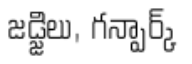
జడ్జిలు, గన్పార్క్